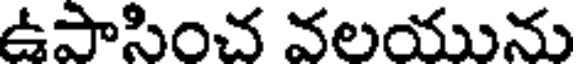
ఉపాసించ వలయును